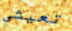
تعيشي